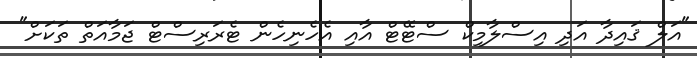
"އަލް ޤައިދާ އަދި އިސްލާމިކް ސްޓޭޓް އާއި އެހެނިހެން ޓެރަރިސްޓް ޖަމާއަތް ތަކަށް"